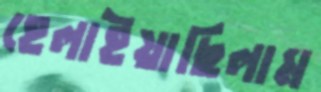
হেলাইয়াছিলাম